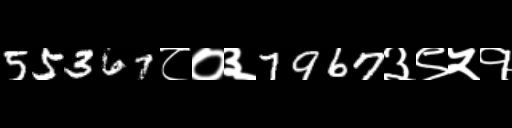
Text: 55367८०३7967३९५१